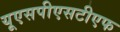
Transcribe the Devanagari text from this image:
यूएसपीएसटीएफ